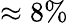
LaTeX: \approx 8\%